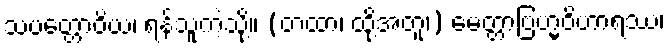
သပတ္တောဝိယ၊ ရန်သူကဲ့သို့။ (တထာ၊ ထို့အတူ၊) မေတ္တာဗြဟ္မဝိဟာရဿ၊